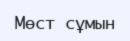
Мөст сұмын